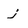
Character: j